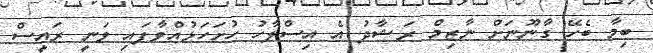
ބިމާ ބެހޭ ގާނޫނަށް ނާޒިމް ރަޝާދު އެ އިސްލާހު ހުށަހަޅުއްވާފައި ވަނީ ރައީސް